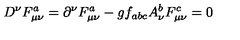
D ^ { \nu } F _ { \mu \nu } ^ { a } = \partial ^ { \nu } F _ { \mu \nu } ^ { a } - g f _ { a b c } A _ { \nu } ^ { b } F _ { \mu \nu } ^ { c } = 0